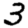
Digit: 3